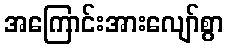
အကြောင်းအားလျော်စွာ